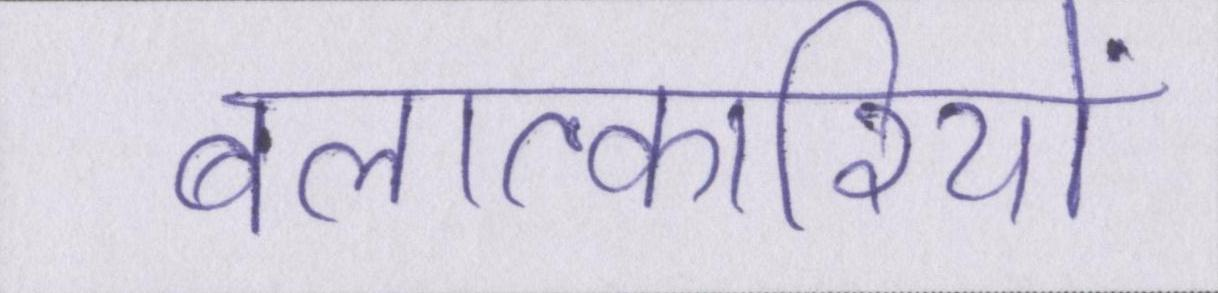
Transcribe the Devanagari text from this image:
बलात्कारियों